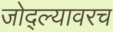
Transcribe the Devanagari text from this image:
जोद्ल्यावरच